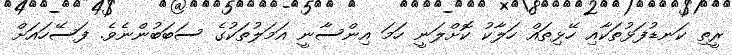
ރީތި ކަނޑުފަޅުތަކާއި ހޭޅިތައް ހަލާކު ކޮށްލަނީ ހަމަ އިންސާނީ އަމަލުތަކުގެ ސަބަބުންނެވެ. ފަސޭހައަށް